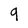
Character: 9